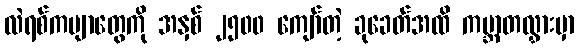
လဲရစ်ကဗျာတွေကို အနှစ် ၂၅၀၀ ကျော်တဲ့ ခုခေတ်အထိ ကမ္ဘာတလွှားမှာ